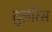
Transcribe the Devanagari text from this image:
तुलेरिस